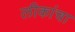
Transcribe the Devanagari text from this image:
लीकांचा